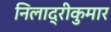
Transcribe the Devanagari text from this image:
निलाद्रीकुमार